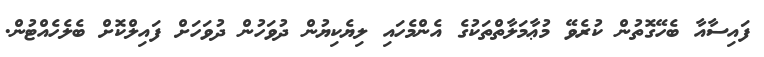
ފައިސާއާ ބެހޭގޮތުން ކުރެވޭ މުޢާމަލާތްތަކުގެ އެންމެހައި ލިޔެކިޔުން ދުވަހުން ދުވަހަށް ފައިލްކޮށް ބެލެހެއްޓުން.